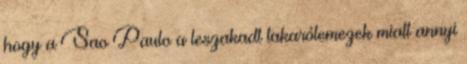
hogy a Sao Paulo a leszakadt takarólemezek miatt annyi